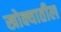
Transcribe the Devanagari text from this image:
खोक्यातील